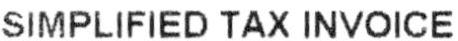
SIMPLIFIED TAX INVOICE